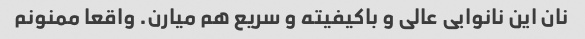
نان این نانوایی عالی و باکیفیته و سریع هم میارن. واقعا ممنونم